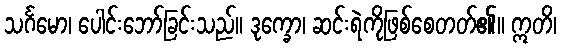
သင်္ဂမော၊ ပေါင်းဘော်ခြင်းသည်။ ဒုက္ခော၊ ဆင်းရဲကိုဖြစ်စေတတ်၏။ ဣတိ၊